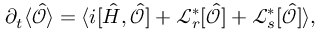
\partial _ { t } \langle \hat { \mathcal { O } } \rangle = \langle i [ \hat { H } , \hat { \mathcal { O } } ] + \mathcal { L } _ { r } ^ { * } [ \hat { \mathcal { O } } ] + \mathcal { L } _ { s } ^ { * } [ \hat { \mathcal { O } } ] \rangle ,